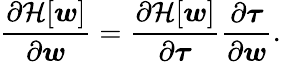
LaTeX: \frac{\partial\mathcal{H}[\boldsymbol{w}]}{\partial\boldsymbol{w}}=\frac{\partial\mathcal{H}[\boldsymbol{w}]}{\partial\boldsymbol{\tau}}\frac{\partial\boldsymbol{\tau}}{\partial\boldsymbol{w}}.